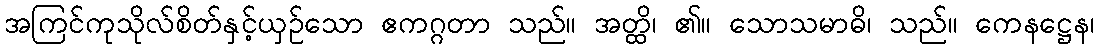
အကြင်ကုသိုလ်စိတ်နှင့်ယှဉ်သော ဧကဂ္ဂတာ သည်။ အတ္ထိ၊ ၏။ သောသမာဓိ၊ သည်။ ကေနဋ္ဌေန၊